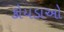
કોયડાઓ